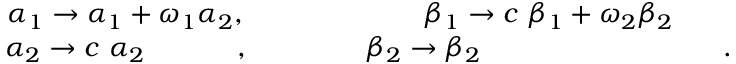
\begin{array} { c c c } { { \alpha _ { 1 } \to \alpha _ { 1 } + \omega _ { 1 } \alpha _ { 2 } , } } & { { \ \ \ } } & { { \beta _ { 1 } \to c ~ \beta _ { 1 } + \omega _ { 2 } \beta _ { 2 } } } \\ { { \alpha _ { 2 } \to c ~ \alpha _ { 2 } \phantom { \omega _ { 2 } c \alpha _ { 2 } } , } } & { { \ \ \ \ \ \ \ } } & { { \beta _ { 2 } \to \beta _ { 2 } \phantom { n n c + \omega _ { 2 } ( \beta _ { 2 } + 1 ) } . } } \end{array}